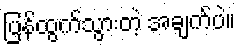
ပြန်ထွက်သွားတဲ့ အချက်ပဲ။